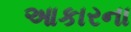
આકારના